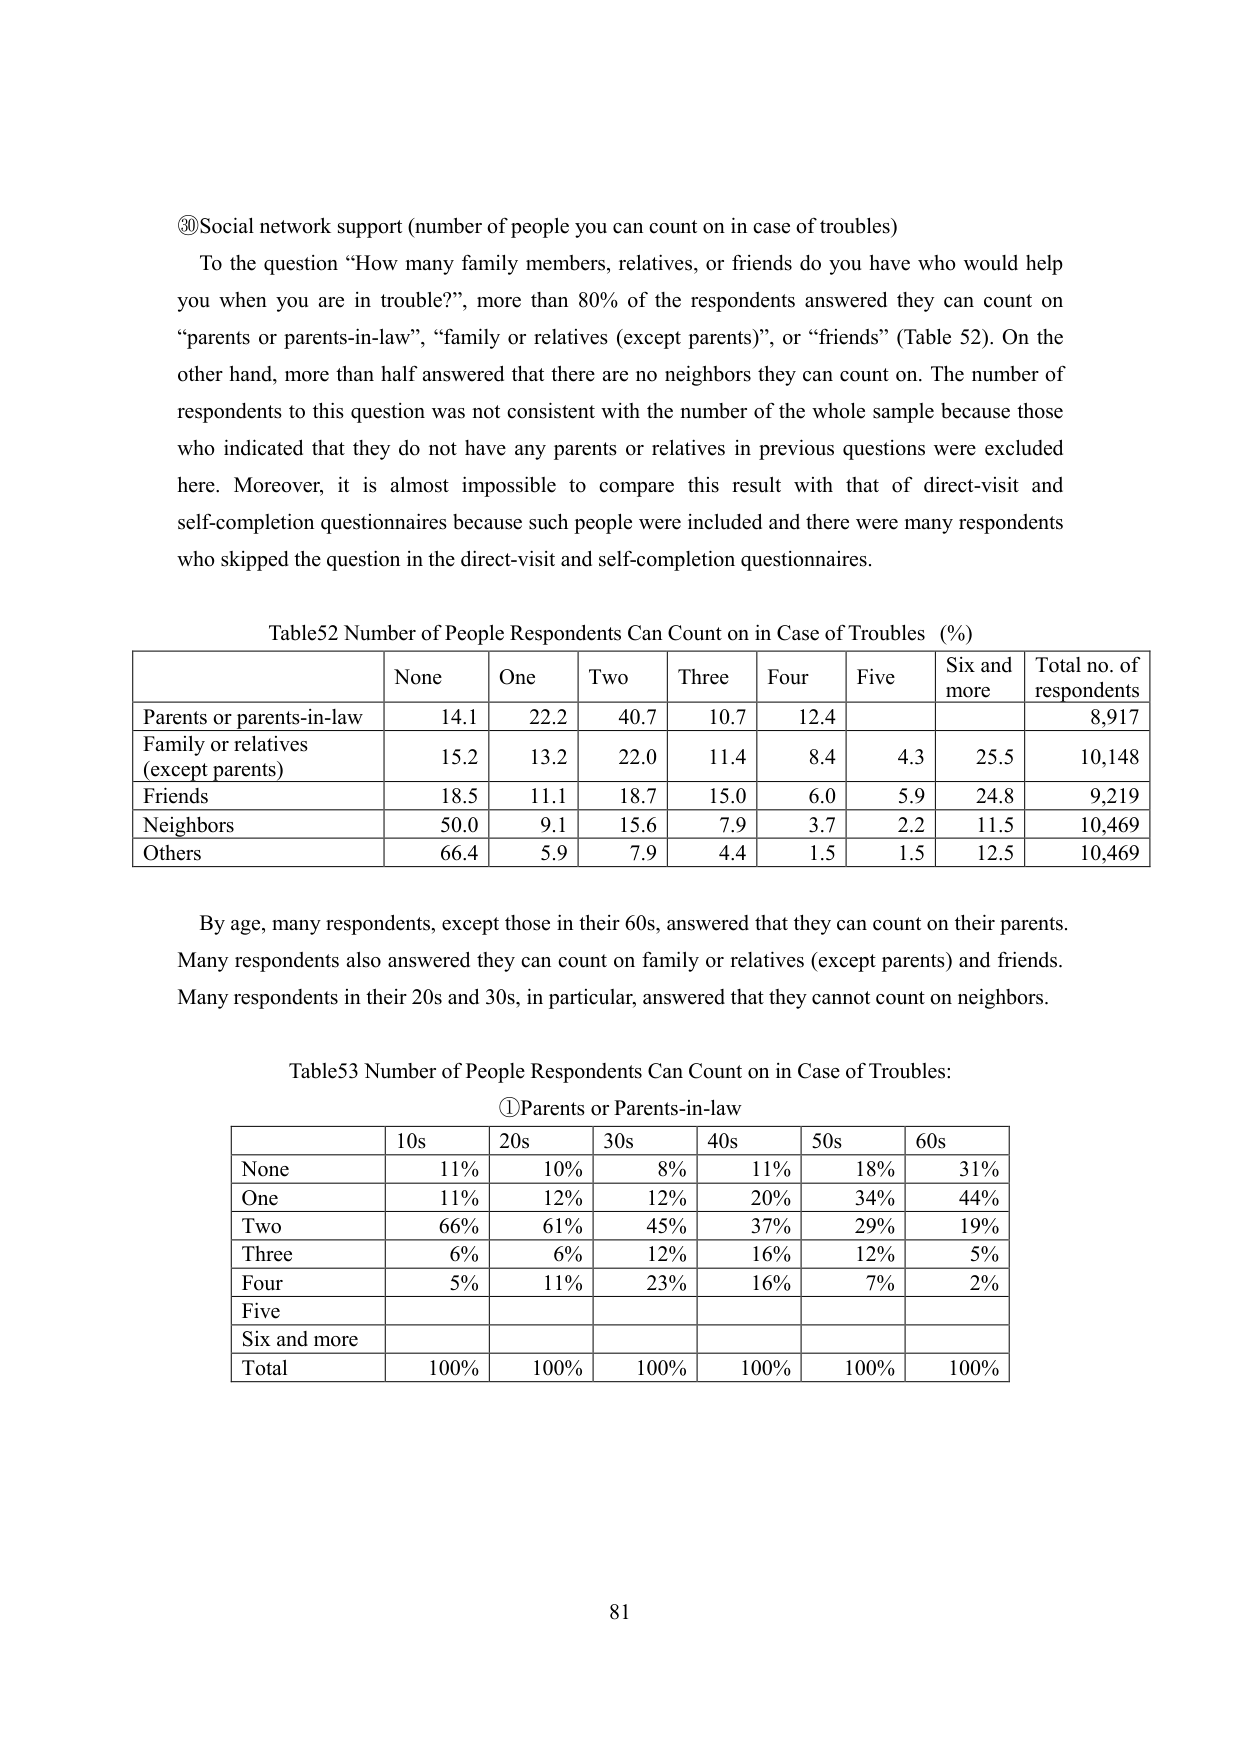
⑳ Social network support (number of people you can count on in case of troubles)

To the question “How many family members, relatives, or friends do you have who would help you when you are in trouble?”, more than 80% of the respondents answered they can count on “parents or parents-in-law”, “family or relatives (except parents)”, or “friends” (Table 52). On the other hand, more than half answered that there are no neighbors they can count on. The number of respondents to this question was not consistent with the number of the whole sample because those who indicated that they do not have any parents or relatives in previous questions were excluded here. Moreover, it is almost impossible to compare this result with that of direct-visit and self-completion questionnaires because such people were included and there were many respondents who skipped the question in the direct-visit and self-completion questionnaires.

Table52 Number of People Respondents Can Count on in Case of Troubles (%)

| | None | One | Two | Three | Four | Five | Six and more | Total no. of respondents |
|---|---|---|---|---|---|---|---|---|
| Parents or parents-in-law | 14.1 | 22.2 | 40.7 | 10.7 | 12.4 | | | 8,917 |
| Family or relatives (except parents) | 15.2 | 13.2 | 22.0 | 11.4 | 8.4 | 4.3 | 25.5 | 10,148 |
| Friends | 18.5 | 11.1 | 18.7 | 15.0 | 6.0 | 5.9 | 24.8 | 9,219 |
| Neighbors | 50.0 | 9.1 | 15.6 | 7.9 | 3.7 | 2.2 | 11.5 | 10,469 |
| Others | 66.4 | 5.9 | 7.9 | 4.4 | 1.5 | 1.5 | 12.5 | 10,469 |

By age, many respondents, except those in their 60s, answered that they can count on their parents. Many respondents also answered they can count on family or relatives (except parents) and friends. Many respondents in their 20s and 30s, in particular, answered that they cannot count on neighbors.

Table53 Number of People Respondents Can Count on in Case of Troubles: ①Parents or Parents-in-law

| | 10s | 20s | 30s | 40s | 50s | 60s |
|---|---|---|---|---|---|---|
| None | 11% | 10% | 8% | 11% | 18% | 31% |
| One | 11% | 12% | 12% | 20% | 34% | 44% |
| Two | 66% | 61% | 45% | 37% | 29% | 19% |
| Three | 6% | 6% | 12% | 16% | 12% | 5% |
| Four | 5% | 11% | 23% | 16% | 7% | 2% |
| Five | | | | | | |
| Six and more | | | | | | |
| Total | 100% | 100% | 100% | 100% | 100% | 100% |

81